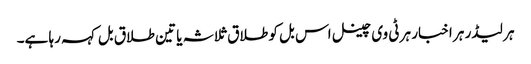
ہر لیڈر ہر اخبار ہر ٹی وی چینل اس بل کو طلاق ثلاثہ یا تین طلاق بل کہہ رہا ہے۔